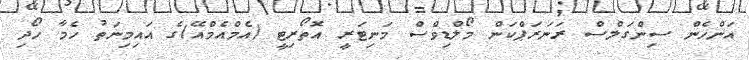
އަންހެން ސިންގަލްސް ރަނަރަޕްކަން މޯލްޑިވްސް މަނިޓަރީ އޮތޯރިޓީ (އެމްއެމްއޭ)ގެ އައިމިނަތު ހެމާ ހޯދި